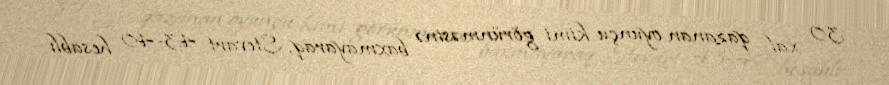
30 xal qazanan oyunçu kimi görünməsinə baxmayaraq, Stevart 43-40 hesablı